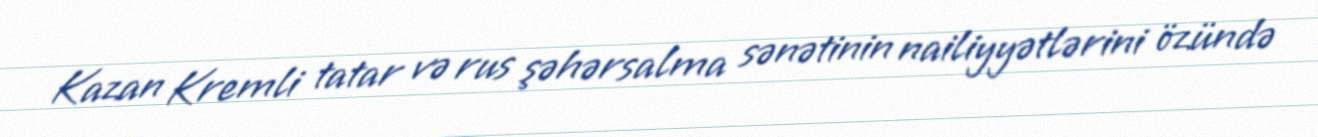
Kazan Kremli tatar və rus şəhərsalma sənətinin nailiyyətlərini özündə